Lock hospitals Punjab
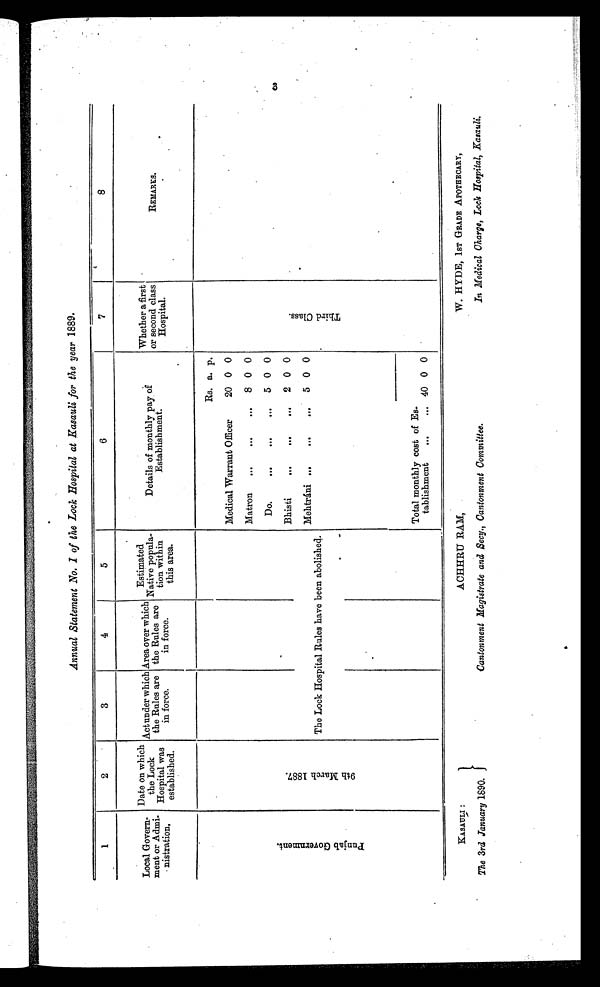
Annual Statement No. I of the Lock Hospital at Kasauli for the year 1889.
1
2
3
4
5
6
7
8
Local Govern-
ment or Admi-
n i s t r a t i o n .
Date on which
the Lock
Hospital was
established.
Act under which
the Rules are
in force.
Area over which
the Rules are
in force.
Estimated
Native popula-
tion within
this area.
Details of monthly pay of
Establishment.
Whether a first
or second class
Hospital.
REMARKS.
P u n j a b G o v e r n m e n t .
.
9 t h M a r c h 1 8 8 7 .
Rs. a. p.
T h i r d C l a s s .
Medical Warrant Officer
20 0 0
Matron
...
. . .
... 8 0 0
Do.
. . .
. . .
... 5 0 0
Bhisti
. . .
. . .
. . . 2 0 0
Mehtráni . . .
. . .
... 5 0 0
The Lock Hospital Rules have been abolished.
Total monthly cost of Es-
tablishment
...
... 40 0 0
KASAULI :
ACHHRU RAM,
W. HYDE, 1ST GRADE APOTHECARY,
The 3rd January 1890.
Cantonment Magistrate and Secy., Cantonment Committee.
In Medical Charge, Lock Hospital, Kasauli.
3